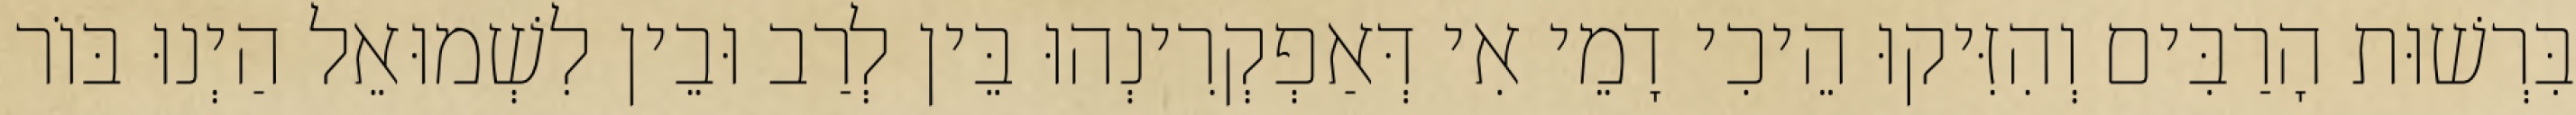
בִּרְשׁוּת הָרַבִּים וְהִזִּיקוּ הֵיכִי דָמֵי אִי דְּאַפְקְרִינְהוּ בֵּין לְרַב וּבֵין לִשְׁמוּאֵל הַיְנוּ בּוֹר